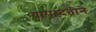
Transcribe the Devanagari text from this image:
यापध्दतीने